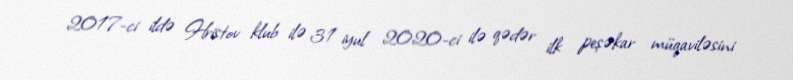
2017-ci ildə Hristov klub ilə 31 iyul 2020-ci ilə qədər ilk peşəkar müqaviləsini